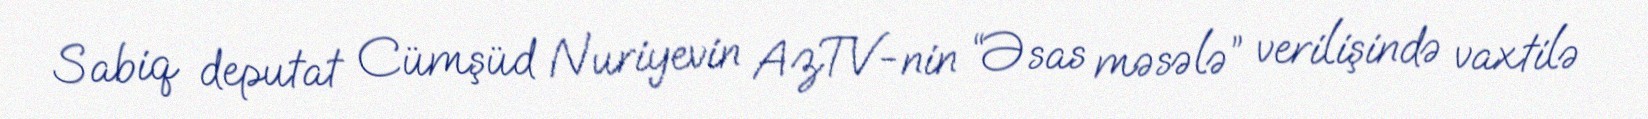
Sabiq deputat Cümşüd Nuriyevin AzTV-nin “Əsas məsələ” verilişində vaxtilə